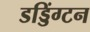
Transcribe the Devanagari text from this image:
डड्डिंग्टन